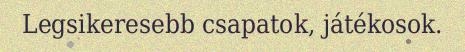
Legsikeresebb csapatok, játékosok.